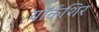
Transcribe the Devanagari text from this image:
यॉर्कशिर